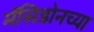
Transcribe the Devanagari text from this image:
मॅसिडोनच्या